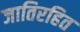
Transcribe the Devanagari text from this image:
जातिरहित